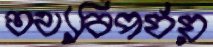
তথ্যবিপর্যয়